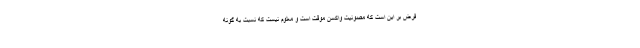
فرض بر این است که مصونیت واکسن موقت است و معلوم نیست که نسبت به گونه